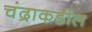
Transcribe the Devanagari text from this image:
चंद्राकडील